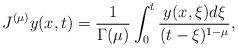
LaTeX: \begin{align*} J^{(\mu)}y(x,t)=\frac{1}{\Gamma(\mu)}\int^t_0\frac{y(x,\xi)d\xi}{(t-\xi)^{1-\mu}},\end{align*}